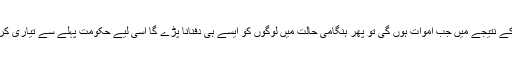
اطمینان سے کہنے لگے کہ اِس وبا کے نتیجے میں جب اموات ہوں گی تو پھر ہنگامی حالت میں لوگوں کو ایسے ہی دفنانا پڑے گا اسی لیے حکومت پہلے سے تیاری کر رہی ہے اور یہ بہت اچھی بات ہے۔